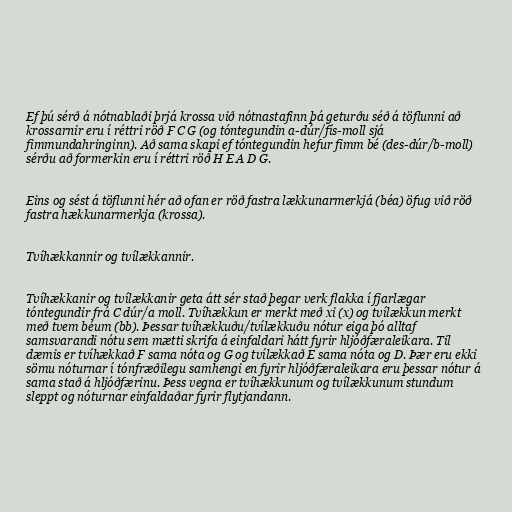
Ef þú sérð á nótnablaði þrjá krossa við nótnastafinn þá geturðu séð á töflunni að
krossarnir eru í réttri röð F C G (og tóntegundin a-dúr/fís-moll sjá
fimmundahringinn). Að sama skapi ef tóntegundin hefur fimm bé (des-dúr/b-moll)
sérðu að formerkin eru í réttri röð H E A D G.

Eins og sést á töflunni hér að ofan er röð fastra lækkunarmerkjá (béa) öfug við röð
fastra hækkunarmerkja (krossa).

Tvíhækkannir og tvílækkannir.

Tvíhækkanir og tvílækkanir geta átt sér stað þegar verk flakka í fjarlægar
tóntegundir frá C dúr/a moll. Tvíhækkun er merkt með xi (x) og tvílækkun merkt
með tvem béum (bb). Þessar tvíhækkuðu/tvílækkuðu nótur eiga þó alltaf
samsvarandi nótu sem mætti skrifa á einfaldari hátt fyrir hljóðfæraleikara. Til
dæmis er tvíhækkað F sama nóta og G og tvílækkað E sama nóta og D. Þær eru ekki
sömu nóturnar í tónfræðilegu samhengi en fyrir hljóðfæraleikara eru þessar nótur á
sama stað á hljóðfærinu. Þess vegna er tvíhækkunum og tvílækkunum stundum
sleppt og nóturnar einfaldaðar fyrir flytjandann.